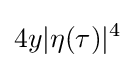
4y|\eta (\tau )|^{4}